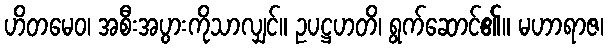
ဟိတမေဝ၊ အစီးအပွားကိုသာလျှင်။ ဥပဋ္ဌဟတိ၊ ရွက်ဆောင်၏။ မဟာရာဇ၊